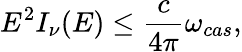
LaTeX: E^{2}I_{\nu}(E)\leq\frac{c}{4\pi}\omega_{cas},